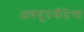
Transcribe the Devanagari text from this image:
अवधूतगीतेचा